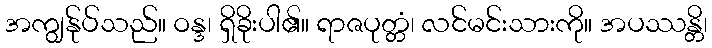
အကျွန်ုပ်သည်။ ဝန္ဒ၊ ရှိခိုးပါ၏။ ရာဇပုတ္တံ၊ လင်မင်းသားကို။ အပဿန္တိ၊